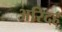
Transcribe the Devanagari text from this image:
अरिदह